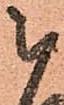
被